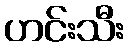
ဟင်းသီး